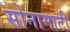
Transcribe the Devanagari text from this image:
सोनामाटी